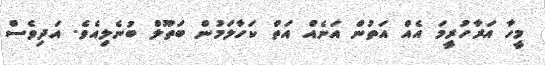
މީހާ އަރާހުރީމަ އެއް އަތުން އަނެއް އަތް ކަހާލަމުން ބަތޫލް ބުނެލިއެވެ. އަދިވެސް